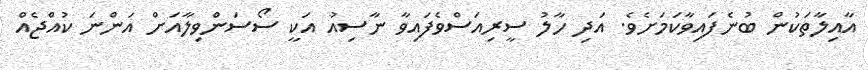
އާއިލާތަކުން ބުނެފައިވާކަމަށެވެ. އަދި ހާލު ސީރިއަސްވެފައިވާ ނާސިއު އަކީ ސޯސަންވިލާއަށް އަންނަ ކުއްޖެއް